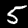
Label: 5